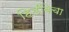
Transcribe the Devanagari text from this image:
हिडींबेचा